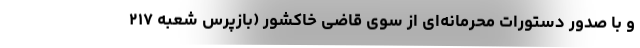
و با صدور دستورات محرمانه‌ای از سوی قاضی خاکشور (بازپرس شعبه ۲۱۷